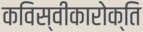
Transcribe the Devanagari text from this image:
कविस्वीकारोक्ति